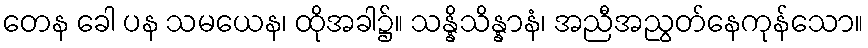
တေန ခေါ ပန သမယေန၊ ထိုအခါ၌။ သန္နိသိန္နာနံ၊ အညီအညွတ်နေကုန်သော။